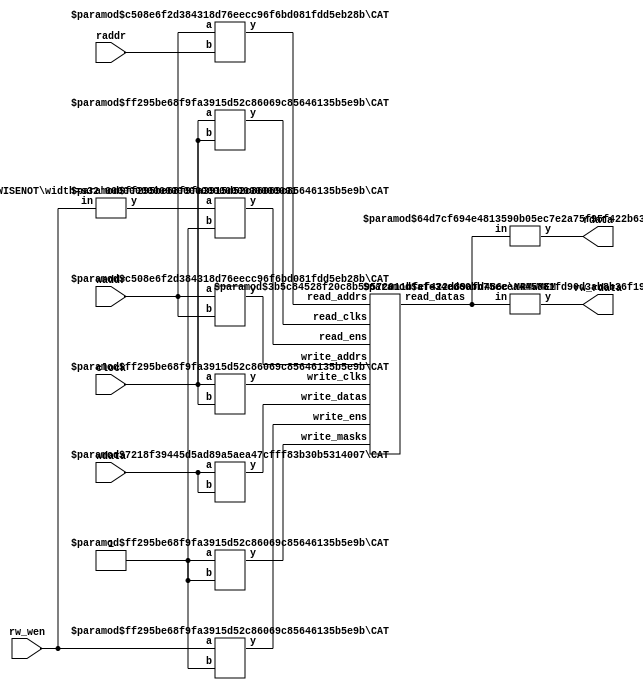
module ReadwriterTester2(
    input clock,
    input [4:0] waddr,
    input [31:0] wdata,
    input [4:0] raddr,
    input rw_wen,
    output [31:0] rdata,
    output [31:0] rw_rdata
);
    wire [31:0] m_read_data;
    wire m_read_clk;
    wire m_read_en;
    wire [4:0] m_read_addr;
    wire m_write_clk;
    wire m_write_en;
    wire m_write_mask;
    wire [4:0] m_write_addr;
    wire [31:0] m_write_data;
    wire [31:0] m_rw_rdata;
    wire m_rw_wmode;
    wire m_rw_clk;
    wire m_rw_en;
    wire m_rw_wmask;
    wire [4:0] m_rw_addr;
    wire [31:0] m_rw_wdata;
    wire [63:0] m_read_datas;
    wire [1:0] m_read_clks;
    wire [1:0] m_read_ens;
    wire [9:0] m_read_addrs;
    wire [1:0] m_write_clks;
    wire [1:0] m_write_ens;
    wire [1:0] m_write_masks;
    wire [9:0] m_write_addrs;
    wire [63:0] m_write_datas;
    wire _WTEMP_0;
    BITWISENOT #(.width(1)) bitwisenot_1 (
        .y(_WTEMP_0),
        .in(m_rw_wmode)
    );
    BITS #(.width(64), .high(31), .low(0)) bits_2 (
        .y(m_read_data),
        .in(m_read_datas)
    );
    BITS #(.width(64), .high(63), .low(32)) bits_3 (
        .y(m_rw_rdata),
        .in(m_read_datas)
    );
    CAT #(.width_a(1), .width_b(1)) cat_4 (
        .y(m_read_clks),
        .a(m_rw_clk),
        .b(m_read_clk)
    );
    CAT #(.width_a(1), .width_b(1)) cat_5 (
        .y(m_read_ens),
        .a(_WTEMP_0),
        .b(m_read_en)
    );
    CAT #(.width_a(5), .width_b(5)) cat_6 (
        .y(m_read_addrs),
        .a(m_rw_addr),
        .b(m_read_addr)
    );
    CAT #(.width_a(32), .width_b(32)) cat_7 (
        .y(m_write_datas),
        .a(m_rw_wdata),
        .b(m_write_data)
    );
    CAT #(.width_a(1), .width_b(1)) cat_8 (
        .y(m_write_clks),
        .a(m_rw_clk),
        .b(m_write_clk)
    );
    CAT #(.width_a(1), .width_b(1)) cat_9 (
        .y(m_write_ens),
        .a(m_rw_wmode),
        .b(m_write_en)
    );
    CAT #(.width_a(5), .width_b(5)) cat_10 (
        .y(m_write_addrs),
        .a(m_rw_addr),
        .b(m_write_addr)
    );
    CAT #(.width_a(1), .width_b(1)) cat_11 (
        .y(m_write_masks),
        .a(m_rw_wmask),
        .b(m_write_mask)
    );
    MRMWMEM #(.depth(32), .addrbits(5), .width(32), .readernum(2), .writernum(2), .isSyncRead(1)) m (
        .read_datas(m_read_datas),
        .read_clks(m_read_clks),
        .read_ens(m_read_ens),
        .read_addrs(m_read_addrs),
        .write_clks(m_write_clks),
        .write_ens(m_write_ens),
        .write_masks(m_write_masks),
        .write_addrs(m_write_addrs),
        .write_datas(m_write_datas)
    );
    assign m_read_addr = raddr;
    assign m_read_clk = clock;
    assign m_read_en = 1'h1;
    assign m_rw_addr = waddr;
    assign m_rw_clk = clock;
    assign m_rw_en = 1'h1;
    assign m_rw_wdata = wdata;
    assign m_rw_wmask = 1'h1;
    assign m_rw_wmode = rw_wen;
    assign m_write_addr = waddr;
    assign m_write_clk = clock;
    assign m_write_data = wdata;
    assign m_write_en = 1'h1;
    assign m_write_mask = 1'h1;
    assign rdata = m_read_data;
    assign rw_rdata = m_rw_rdata;
endmodule //ReadwriterTester2
module BITWISENOT(y, in);
    parameter width = 4;
    output [width-1:0] y;
    input [width-1:0] in;
    assign y = ~in;
endmodule // BITWISENOT
module BITS(y, in);
    parameter width = 4;
    parameter high = 2;
    parameter low = 0;
    output [high-low:0] y;
    input [width-1:0] in;
    assign y = in[high:low];
endmodule // BITS
module CAT(y, a, b);
    parameter width_a = 4;
    parameter width_b = 4;
    output [width_a+width_b-1:0] y;
    input [width_a-1:0] a;
    input [width_b-1:0] b;
    assign y = {a, b};
endmodule // CAT
module MRMWMEM(read_datas, read_clks, read_ens, read_addrs, write_clks, write_ens, write_masks, write_addrs, write_datas);
    parameter depth = 16;
    parameter addrbits = 4;
    parameter width = 32;
    parameter readernum = 2;
    parameter writernum = 2;
    parameter isSyncRead = 0;
    output [(width*readernum-1):0] read_datas;
    input [(1*readernum-1):0] read_clks;
    input [(1*readernum-1):0] read_ens;
    input [(addrbits*readernum-1):0] read_addrs;
    input [1*writernum-1:0] write_clks;
    input [1*writernum-1:0] write_ens;
    input [1*writernum-1:0] write_masks;
    input [(addrbits*writernum-1):0] write_addrs;
    input [(width*writernum-1):0] write_datas;
    reg [width-1:0] memcore [0:depth-1];
    wire [(addrbits*readernum-1):0] final_read_addrs;
    genvar gv_n;
    generate
        for (gv_n = 0; gv_n < readernum; gv_n = gv_n + 1) begin: get_final_raddrs
            if (isSyncRead) begin: raddr_processor
                reg [addrbits-1:0] read_addr_pipe_0;
                always @(posedge read_clks[gv_n]) begin
                    if (read_ens[gv_n]) begin
                        read_addr_pipe_0 <= read_addrs[gv_n*addrbits +: addrbits];
                    end
                end
                assign final_read_addrs[gv_n*addrbits +: addrbits] = read_addr_pipe_0;
            end else begin: raddr_processor
                assign final_read_addrs[gv_n*addrbits +: addrbits] = read_addrs[gv_n*addrbits +: addrbits];
            end
        end
    endgenerate
    genvar gv_k;
    generate
        for (gv_k = 0; gv_k < readernum; gv_k = gv_k + 1) begin: form_read_datas
            assign read_datas[gv_k*width +: width] = memcore[final_read_addrs[gv_k*addrbits +: addrbits]];
        end
    endgenerate
    integer i;
    always @(posedge write_clks[0]) begin
        for (i = 0; i < writernum; i = i + 1) begin
            if (write_ens[i] & write_masks[i]) begin
                memcore[write_addrs[i*addrbits +: addrbits]] <= write_datas[i*width +: width];
            end
        end
    end
endmodule // MRMWMEM